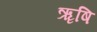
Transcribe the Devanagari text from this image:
ऋृषि